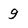
Character: g